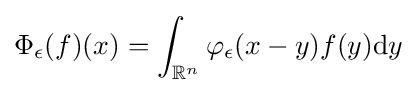
\Phi _{\epsilon }(f)(x)=\int _{\mathbb {R} ^{n}}\varphi _{\epsilon }(x-y)f(y)\mathrm {d} y